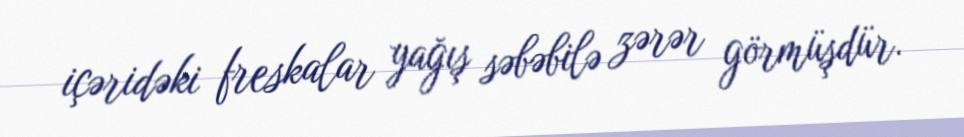
içəridəki freskalar yağış səbəbilə zərər görmüşdür.